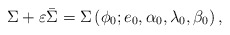
\begin{align*}\Sigma +\varepsilon \bar{\Sigma}=\Sigma \left( \phi _{0};e_{0},\alpha_{0},\lambda _{0},\beta _{0}\right) , \end{align*}